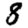
Digit: 8